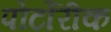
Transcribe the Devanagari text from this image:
पोर्टोरीक